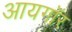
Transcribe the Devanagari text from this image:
आयगॉर